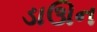
ડાઊન